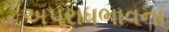
અપરાધભાવના